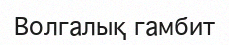
Волгалық гамбит